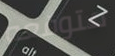
متوقعه